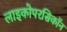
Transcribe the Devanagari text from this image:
लाइकोपरसिकॉन